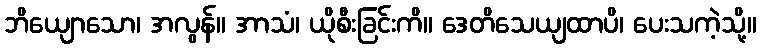
ဘိယျောသော၊ အလွန်။ အာသံ၊ ယိုစီးခြင်းကိ။ ဒေတိသေယျထာပိ၊ ပေးသကဲ့သို့။